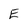
Character: E